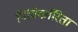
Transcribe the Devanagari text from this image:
निविर्कारिता